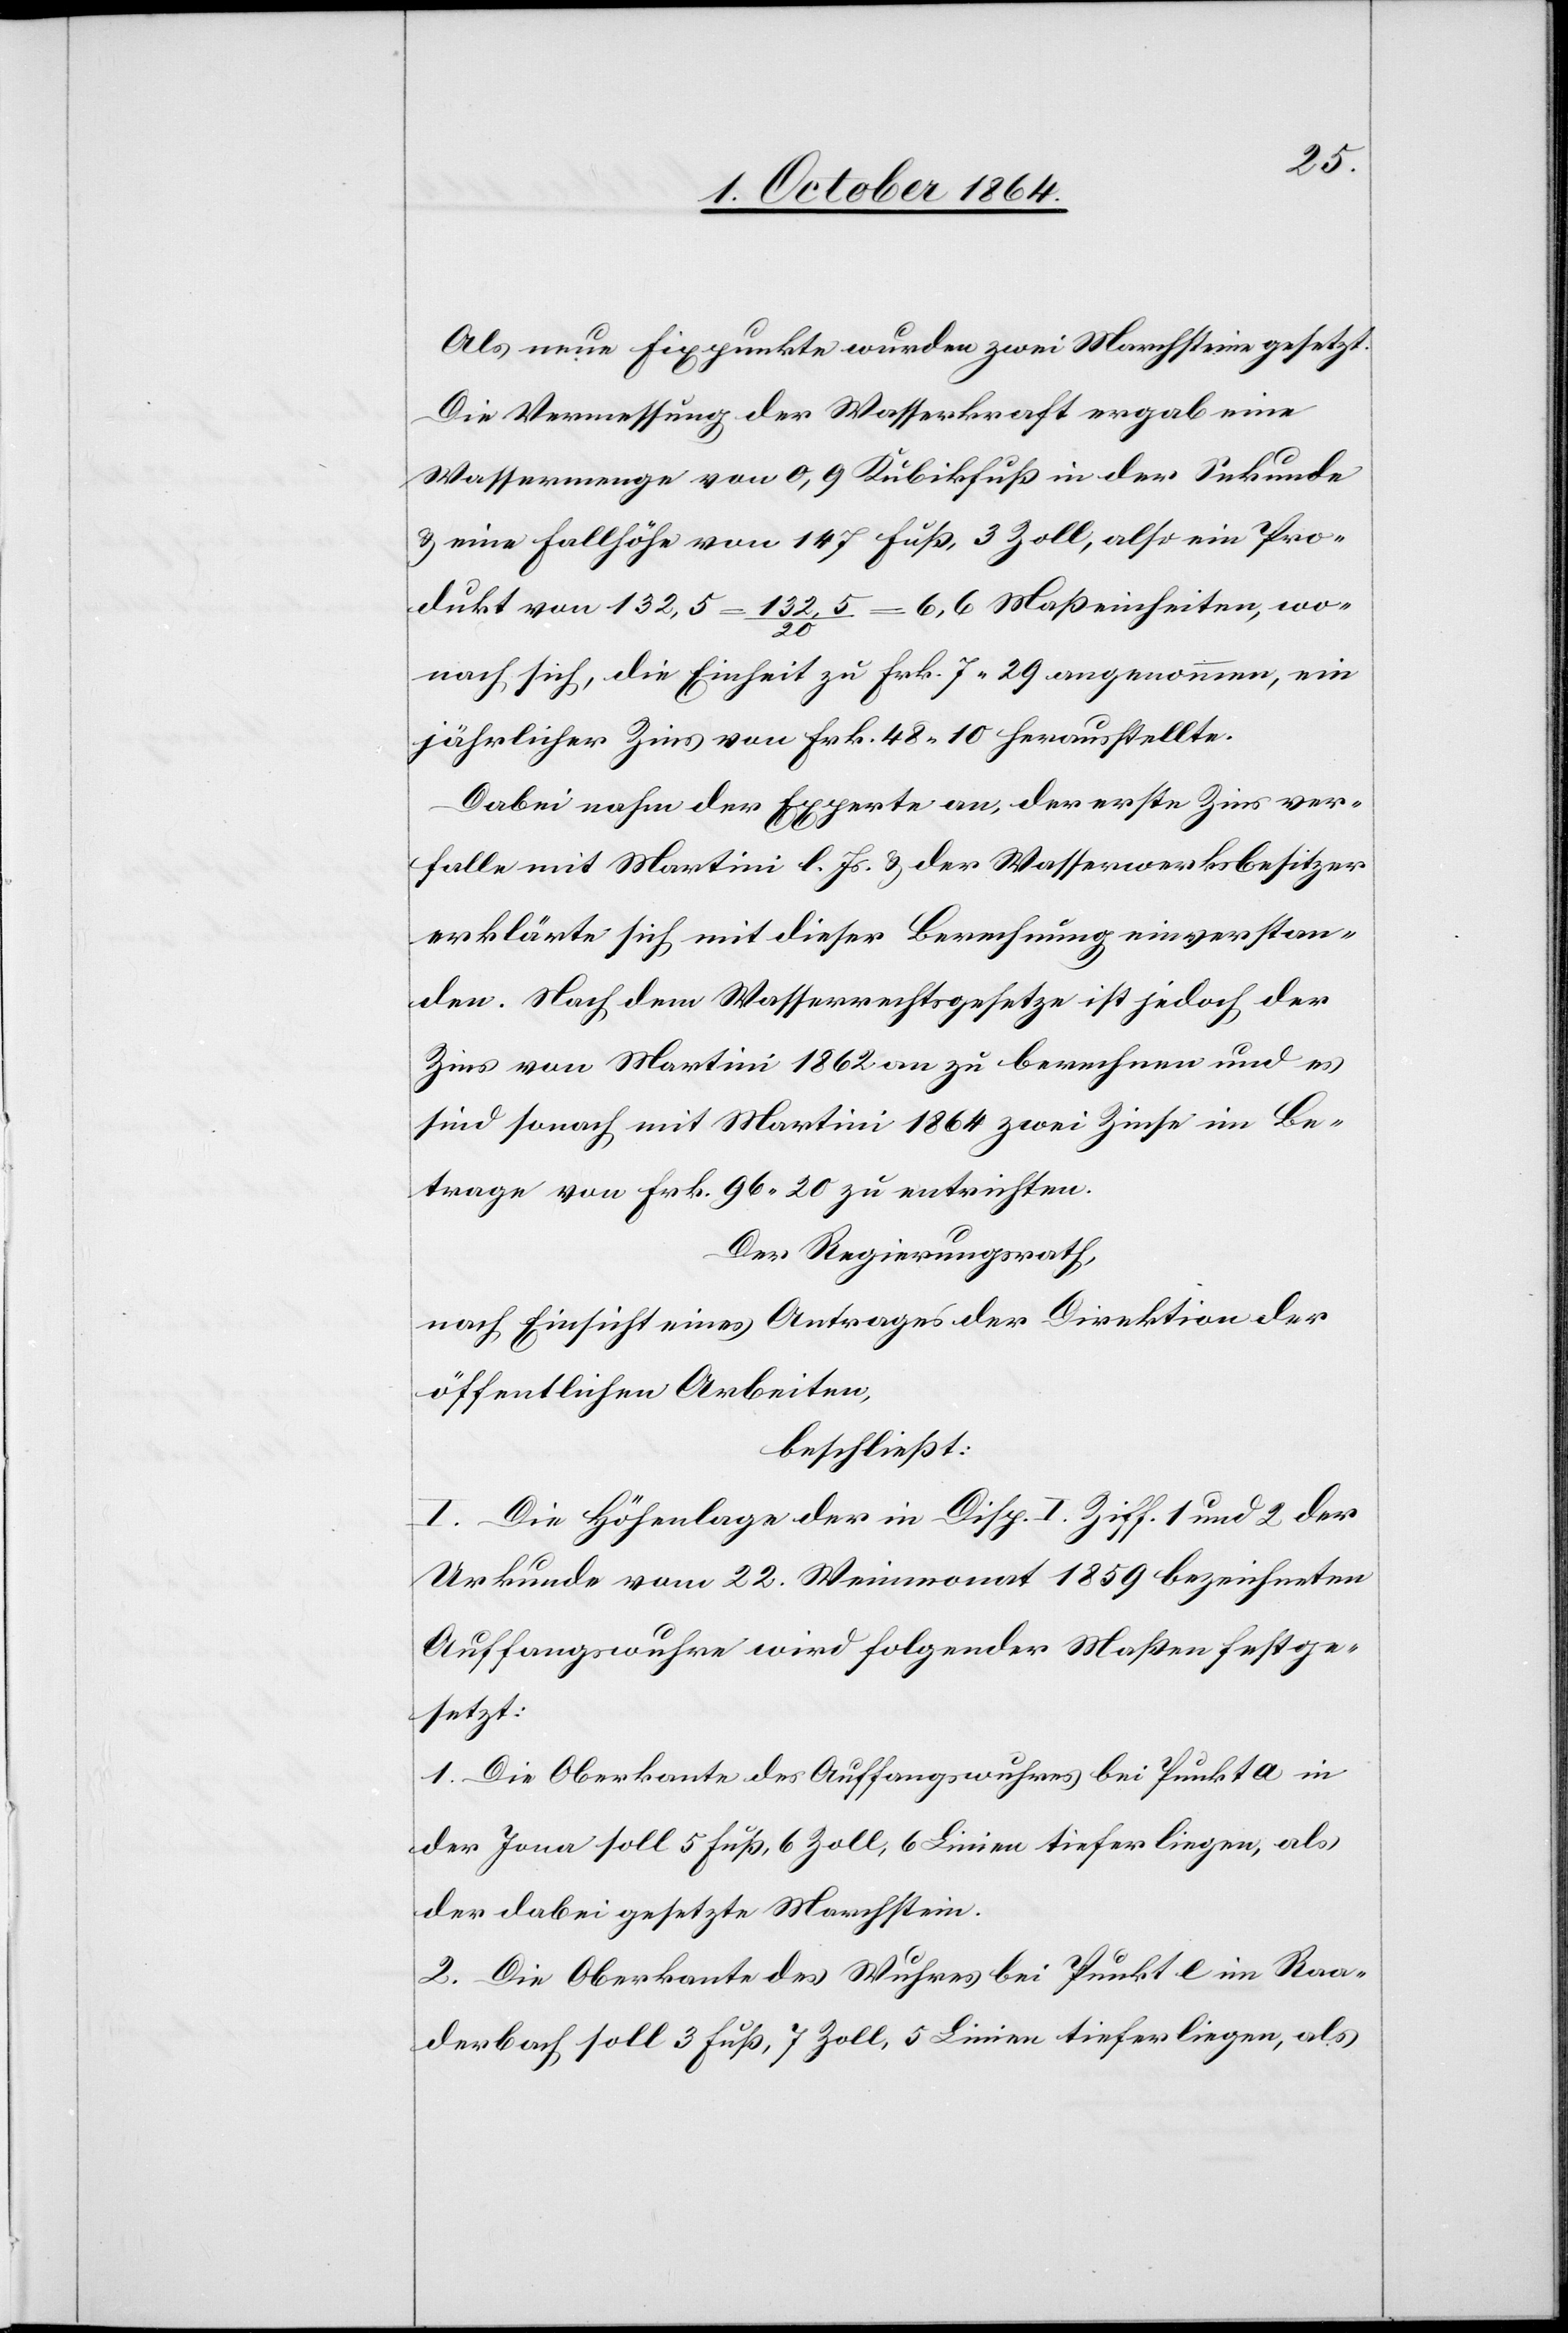
Als neue Fixpunkte wurden zwei Marchsteine gesetzt.
Die Vermessung der Wasserkraft ergab eine
Wassermenge von 0,9 Kubikfuß in der Sekunde
& eine Fallhöhe von 147 Fuß, 3 Zoll, also ein Pro¬
dukt von 132,5 = 132,5/20 = 6,6 Maßeinheiten, wo¬
nach sich die Einheit zu Frk. 7.29 angenommen, ein
jährlicher Zins von Frk. 48.10 herausstellte.
Dabei nahm der Experte an, der erste Zins ver¬
falle mit Martini l. Js. & der Wasserwerksbesitzer
erklärte sich mit dieser Berechnung einverstan¬
den. Nach dem Wasserrechtsgesetze ist jedoch der
Zins von Martini 1862 an zu berechnen und es
sind sonach mit Martini 1864 zwei Zinse im Be¬
trage von Frk. 96.20 zu entrichten.
Der Regierungsrath,
nach Einsicht eines Antrages der Direktion der
öffentlichen Arbeiten
beschließt:
I. Die Höhenlage der in Disp. I Ziff. 1 und 2 der
Urkunde vom 22. Weinmonat 1859 bezeichneten
Auffangswuhre wird folgender Maßen festge¬
setzt:
1. Die Oberkante des Auffangswuhres bei Punkt a in
der Jona soll 5 Fuß, 6 Zoll, 6 Linien tiefer liegen, als
der dabei gesetzte Marchstein.
2. Die Oberkante des Wuhres bei Punkt e im Raa¬
derbach soll 3 Fuß, 7 Zoll, 5 Linien tiefer liegen, als